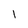
Character: 1